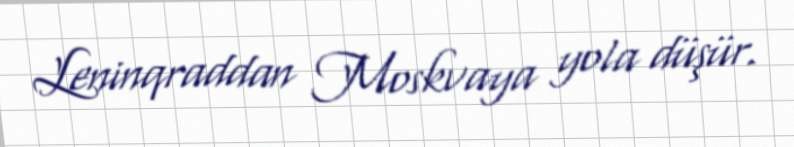
Leninqraddan Moskvaya yola düşür.